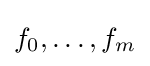
f_{0},\dots ,f_{m}